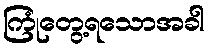
ကြုံတွေ့ရသောအခါ